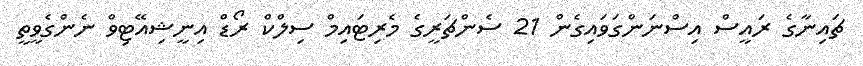
ޗައިނާގެ ރައީސް އިސްނަންގަވައިގެން 21 ސެންޗަރީގެ މެރިޓައިމް ސިލްކް ރޯޑް އިނީޝިއޭޓިވް ނެންގެވީތީ